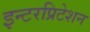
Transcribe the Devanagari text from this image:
इन्टरप्रिटेशन